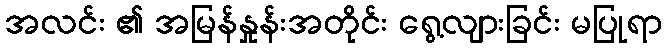
အလင်း ၏ အမြန်နှုန်းအတိုင်း ရွေ့လျားခြင်း မပြုရာ